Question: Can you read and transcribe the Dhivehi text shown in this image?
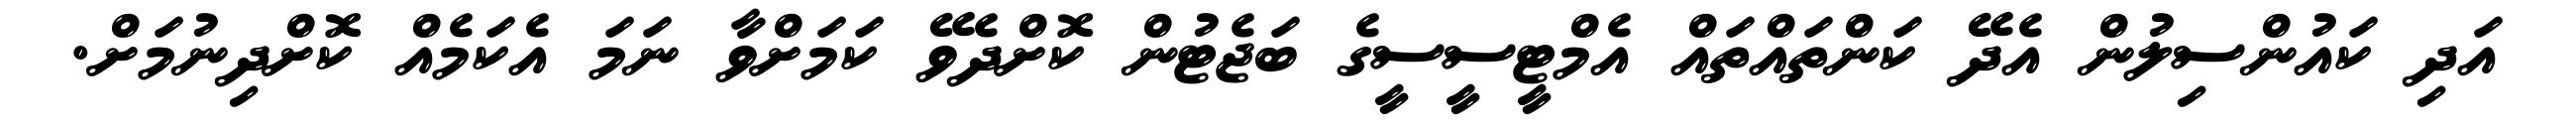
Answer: އަދި ކައުންސިލުން އެދޭ ކަންތައްތައް އެމްޓީސީސީގެ ބަޖެޓުން ކޮށްދެވޭ ކަމަށްވާ ނަމަ އެކަމެއް ކޮށްދިނުމަށް.